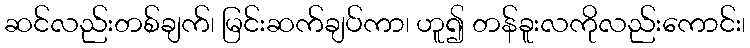
ဆင်လည်းတစ်ချက်၊ မြင်းဆက်ချပ်ကာ၊ ဟူ၍ တန်ခူးလကိုလည်းကောင်း၊